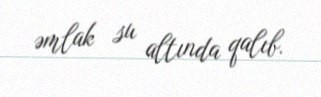
əmlak su altında qalıb.